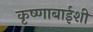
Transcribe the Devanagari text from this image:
कृष्णाबाईशी